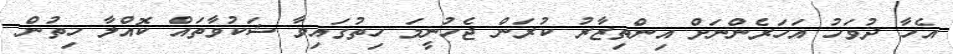
އެހާ ދުވަހު އަހަރެންނަށް އިންތިޒާރު ކުރަން ޖެހުނީމަ ހިތުގައިވާ ޝަކުވާތައް ކޮއްލާ ހިތުން